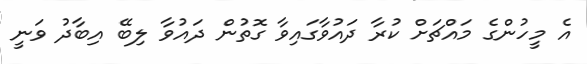
އެ މީހުންގެ މައްޗަށް ކުރާ ދައުވާގައިވާ ގޮތުން ދައުވާ ލިބޭ އިބާދު ވަނީ